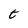
Character: t